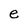
Character: e